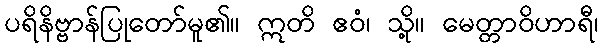
ပရိနိဗ္ဗာန်ပြုတော်မူ၏။ ဣတိ ဧဝံ၊ သို့။ မေတ္တာဝိဟာရီ၊